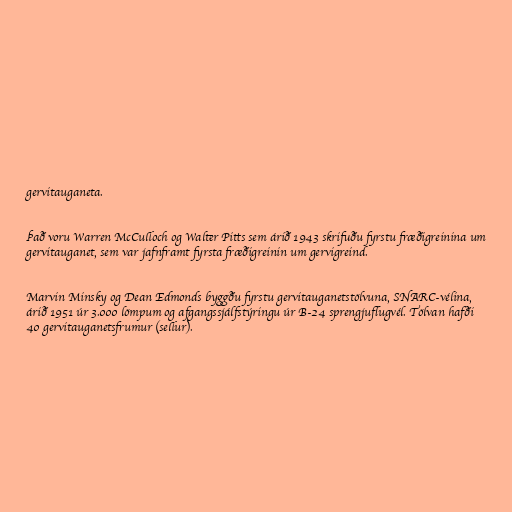
gervitauganeta.

Það voru Warren McCulloch og Walter Pitts sem árið 1943 skrifuðu fyrstu fræðigreinina um
gervitauganet, sem var jafnframt fyrsta fræðigreinin um gervigreind.

Marvin Minsky og Dean Edmonds byggðu fyrstu gervitauganetstölvuna, SNARC-vélina,
árið 1951 úr 3.000 lömpum og afgangssjálfstýringu úr B-24 sprengjuflugvél. Tölvan hafði
40 gervitauganetsfrumur (sellur).